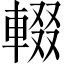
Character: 輟